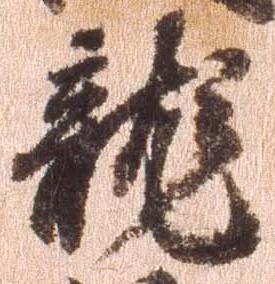
龍